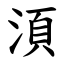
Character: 湏